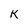
Character: K